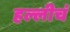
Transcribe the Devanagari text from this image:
हल्लीचं